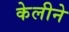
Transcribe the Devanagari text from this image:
केलीने